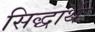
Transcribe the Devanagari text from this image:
सिद्धार्थः